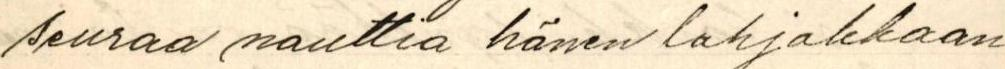
seuraa nauttia hänen lahjakkaan